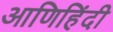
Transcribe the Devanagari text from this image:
आणिहिंदी